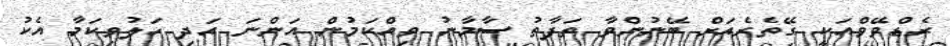
ރެޑްވޭވްއަކީ ގޭތެރެއަށް ބޭނުންވާ ތަފާތު ސާމާނު ވިއްކަމުން އަންނަ އަދި ހަލުވިކަމާ އެކު